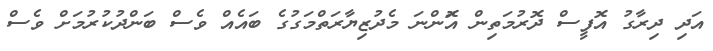
އަދި ދިރާގު އޮފީސް ދޮރުމަތިން އޮަންނަ މެދުޒިޔާރަތްމަގުގެ ބައެއް ވެސް ބަންދުކުރުމަށް ވެސް